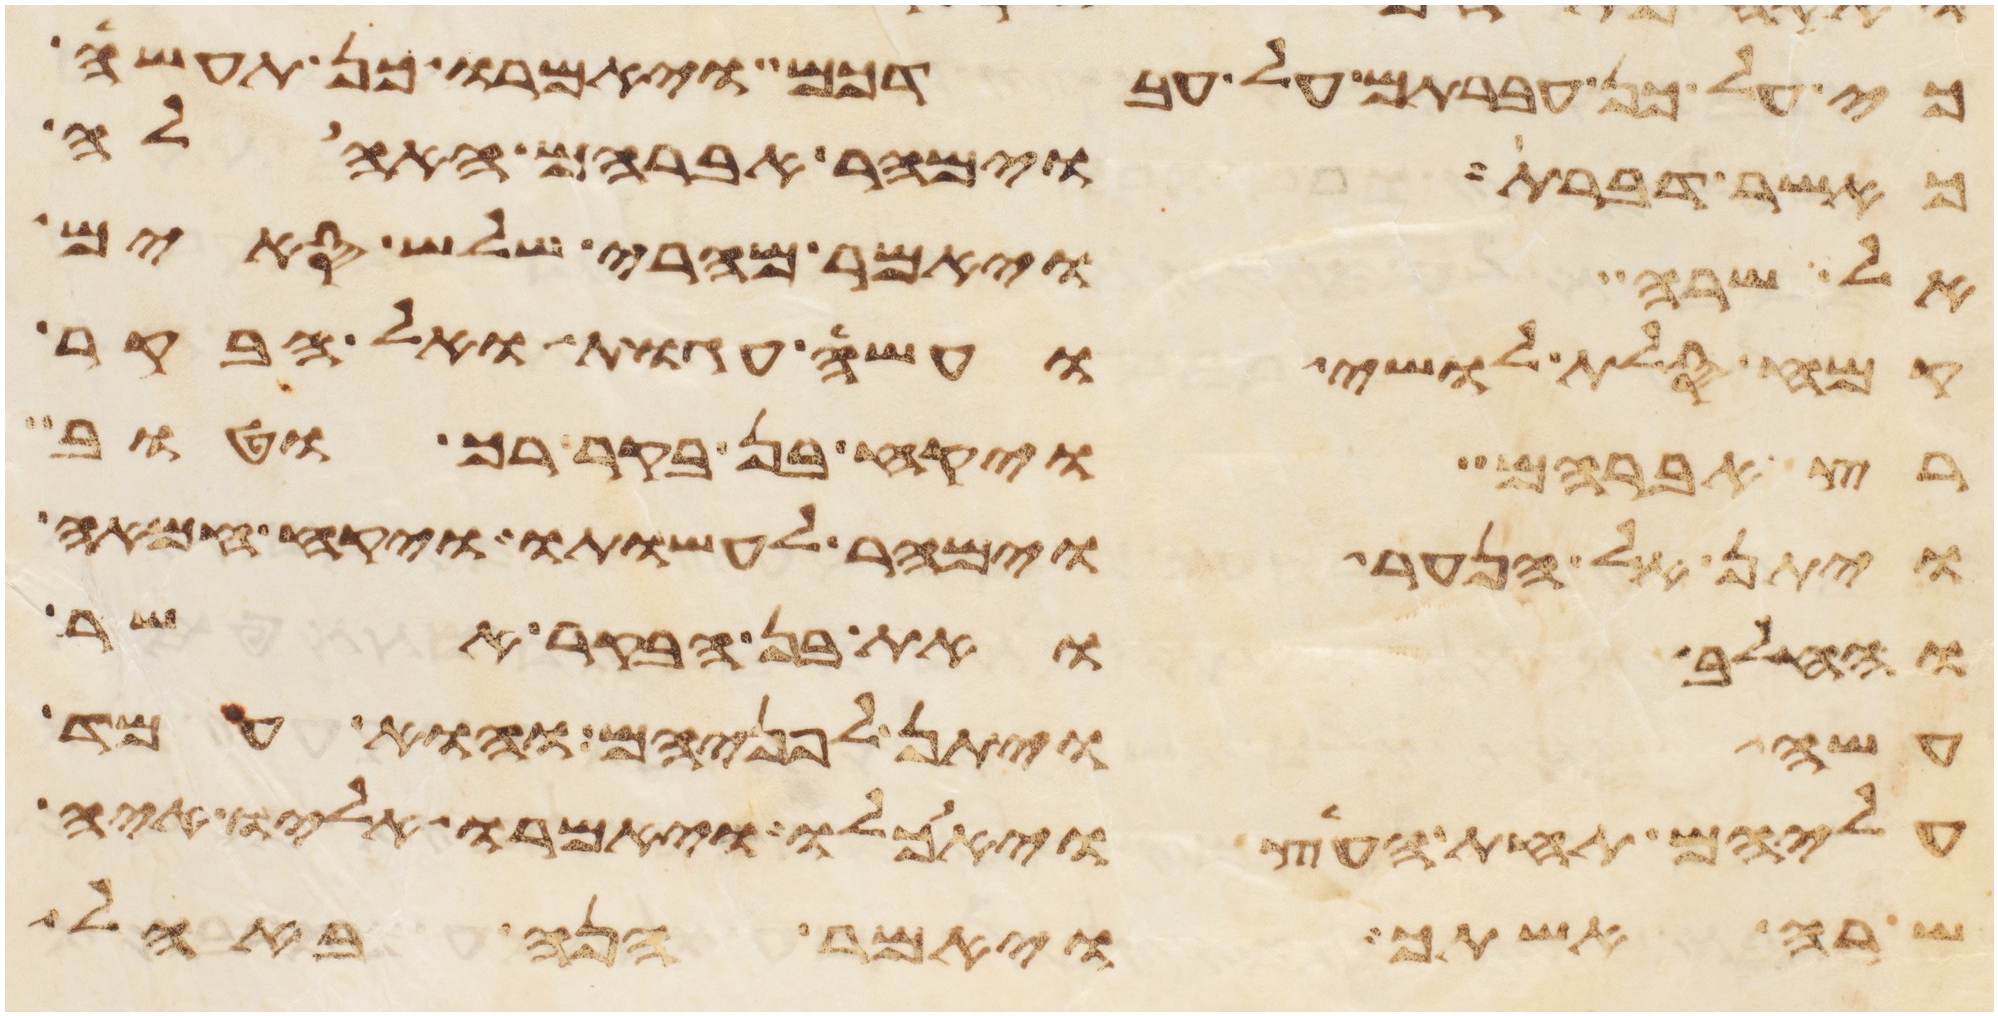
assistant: כי על כן עברתם על עבדכם ויאמרו כן תעשה
כאשר דברת וימהר אברהם האהלה
אל שרה ויאמר מהרי שלש סים
קמח סלת לושי ועשה עגות ואל הבקר
רץ אברהם ויקח בן בקר רך וטוב
ויתן אל הנער וימהר לעשותו ויקח חמאה
וחלב ואת בן הבקר אשר
עשה ויתן לפניהם והוא עמד
עליהם תחת העץ ויאכלו ויאמרו אליו איה
שרה אשתך ויאמר הנה באהל